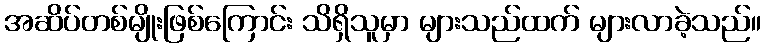
အဆိပ်တစ်မျိုးဖြစ်ကြောင်း သိရှိသူမှာ များသည်ထက် များလာခဲ့သည်။